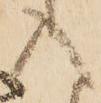
入